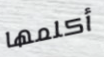
أكلمها